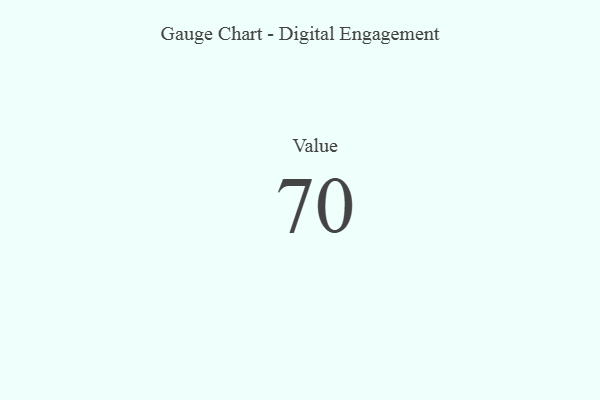
{"axis": {"x": "Metric", "y": "Value"}, "legend": [""], "data": [{"x": "Value", "y": 70, "type": ""}]}